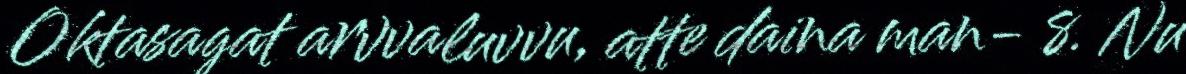
Oktasagat arvvaluvvu, atte daina man- 8. Nu